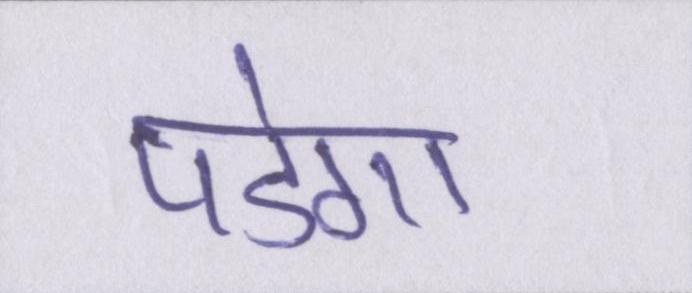
पडेगा